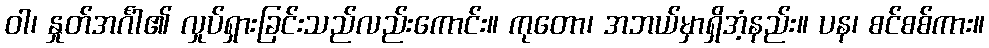
ဝါ၊ နှုတ်အင်္ဂါ၏ လှုပ်ရှားခြင်းသည်လည်းကောင်း။ ကုတော၊ အဘယ်မှာရှိအံ့နည်း။ ပန၊ စင်စစ်ကား။